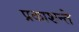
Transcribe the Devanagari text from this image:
प्रकाशन्ते